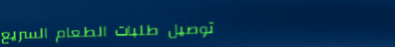
توصيل طلبات الطعام السريع